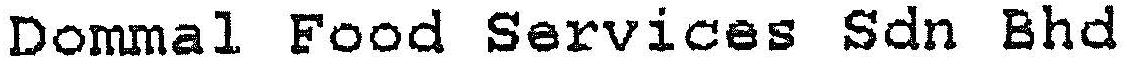
DOMMAL FOOD SERVICES SDN BHD